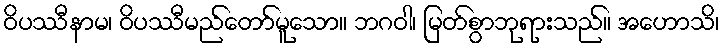
ဝိပဿီနာမ၊ ဝိပဿီမည်တော်မူသော။ ဘဂဝါ၊ မြတ်စွာဘုရားသည်။ အဟောသိ၊